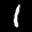
Label: 1